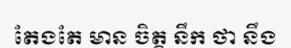
តែងតែ មាន ចិត្ត នឹក ថា នឹង